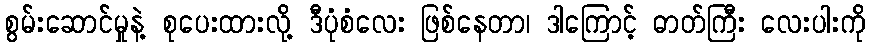
စွမ်းဆောင်မှုနဲ့ စုပေးထားလို့ ဒီပုံစံလေး ဖြစ်နေတာ၊ ဒါကြောင့် ဓာတ်ကြီး လေးပါးကို